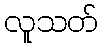
လူသတ်